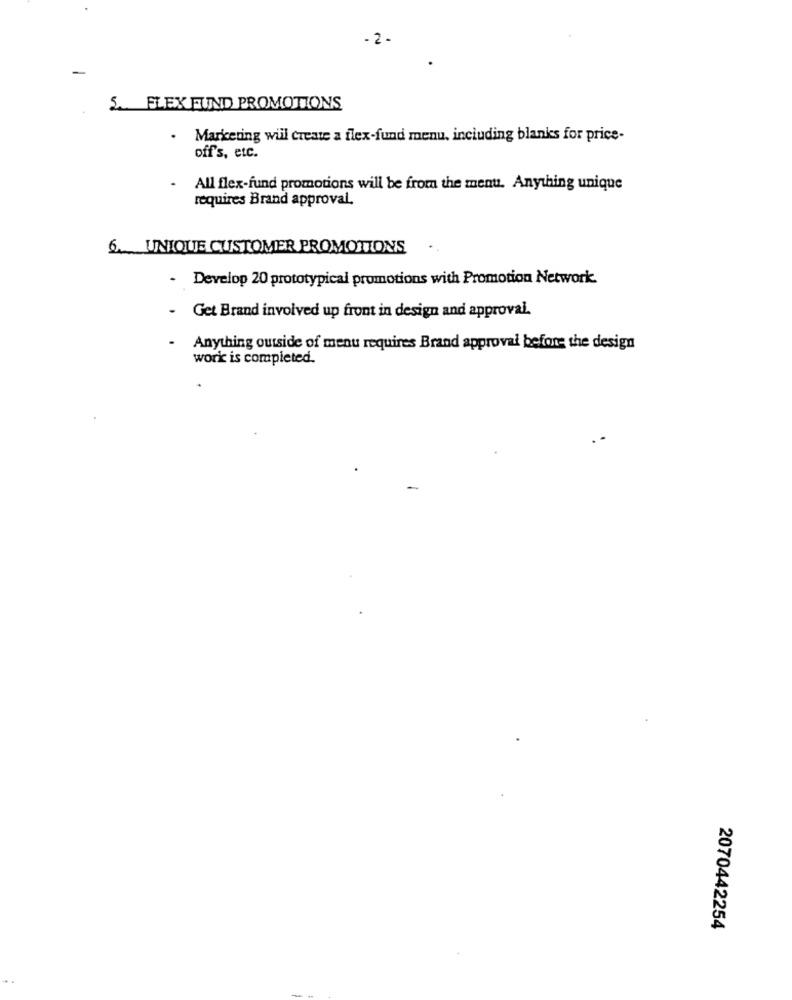
- 2 -
5. FLEX FUND PROMOTIONS
.
Marketing will create a flex-fund menu, including blanks for price-
off's, etc.
.
All flex-fund promotions will be from the menu. Anything unique
requires Brand approval.
6. UNIQUE CUSTOMER PROMOTIONS
.
Develop 20 prototypical promotions with Promotion Network.
Get Brand involved up front in design and approval.
Anything outside of menu requires Brand approval before the design
work is completed.
2070442254